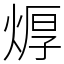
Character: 㷞